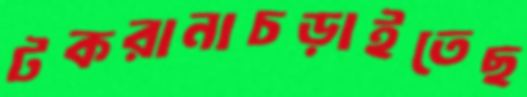
টকরানাচড়াইতেছ